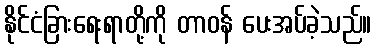
နိုင်ငံခြားရေးရာတို့ကို တာဝန် ပေးအပ်ခဲ့သည်။